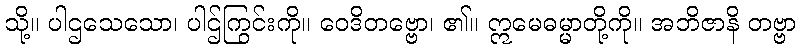
သို့။ ပါဌသေသော၊ ပါဌ်ကြွင်းကို။ ဝေဒိတဗ္ဗော၊ ၏။ ဣမေဓမ္မာတို့ကို။ အဘိဇာနိ တဗ္ဗာ